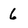
Character: 6